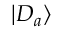
| D _ { a } \rangle